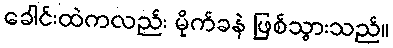
ခေါင်းထဲကလည်း မိုက်ခနဲ ဖြစ်သွားသည်။